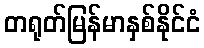
တရုတ်မြန်မာနှစ်နိုင်ငံ